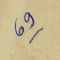
69